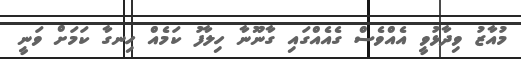
މުއާޒު ވިދާޅުވީ އެއްވެސް ގެއެއްގައި ގާނޫނާ ހިލާފު ކަމެއް ހިނގާ ކަމަށް ވަނީ